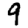
Digit: 9